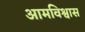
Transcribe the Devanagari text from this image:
आमविश्वास